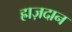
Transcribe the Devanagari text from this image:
ह्राज़दान